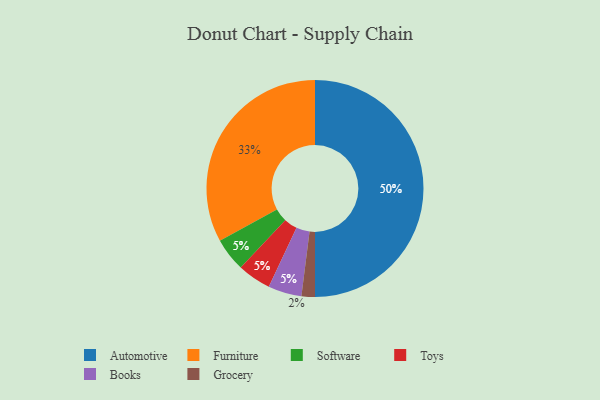
{"axis": {"x": "Category", "y": "Percentage"}, "legend": ["Automotive", "Books", "Furniture", "Grocery", "Software", "Toys"], "data": [{"x": "Software", "y": 5, "type": "Software"}, {"x": "Furniture", "y": 33, "type": "Furniture"}, {"x": "Automotive", "y": 50, "type": "Automotive"}, {"x": "Toys", "y": 5, "type": "Toys"}, {"x": "Grocery", "y": 2, "type": "Grocery"}, {"x": "Books", "y": 5, "type": "Books"}]}